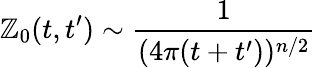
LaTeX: \mathbb{Z}_{0}(t,t^{\prime})\sim\frac{{1}}{{(4\pi(t+t^{\prime}))^{n/2}}}